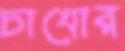
চাখোর